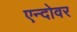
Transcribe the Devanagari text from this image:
एन्दोवर